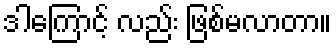
ဒါကြောင့် လည်း ဖြစ်မလာတာ။